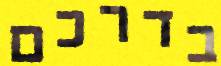
בדרכם